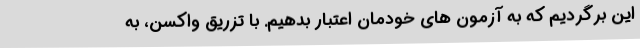
این برگردیم که به آزمون های خودمان اعتبار بدهیم. با تزریق واکسن، به